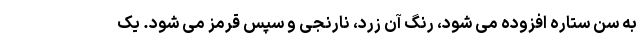
به سن ستاره افزوده می شود، رنگ آن زرد، نارنجی و سپس قرمز می شود. یک